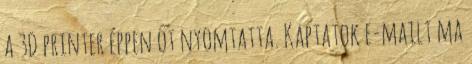
a 3D printer éppen őt nyomtatta. Kaptatok e-mailt ma